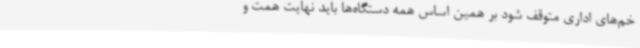
خم‌های اداری متوقف شود بر همین اساس همه دستگاه‌ها باید نهایت همت و